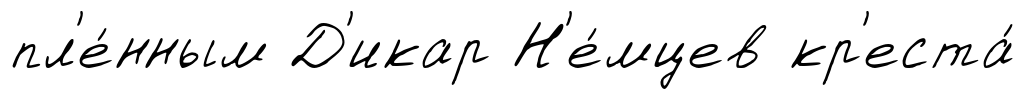
пл'е́нным Д'икар Н'е́мцев кр'еста́